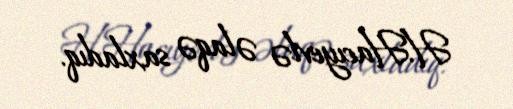
H.Hacıyevlə əlaqə saxladıq.